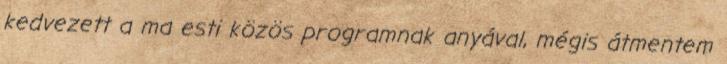
kedvezett a ma esti közös programnak anyával, mégis átmentem